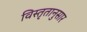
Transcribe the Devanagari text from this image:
विस्तृतानुसार